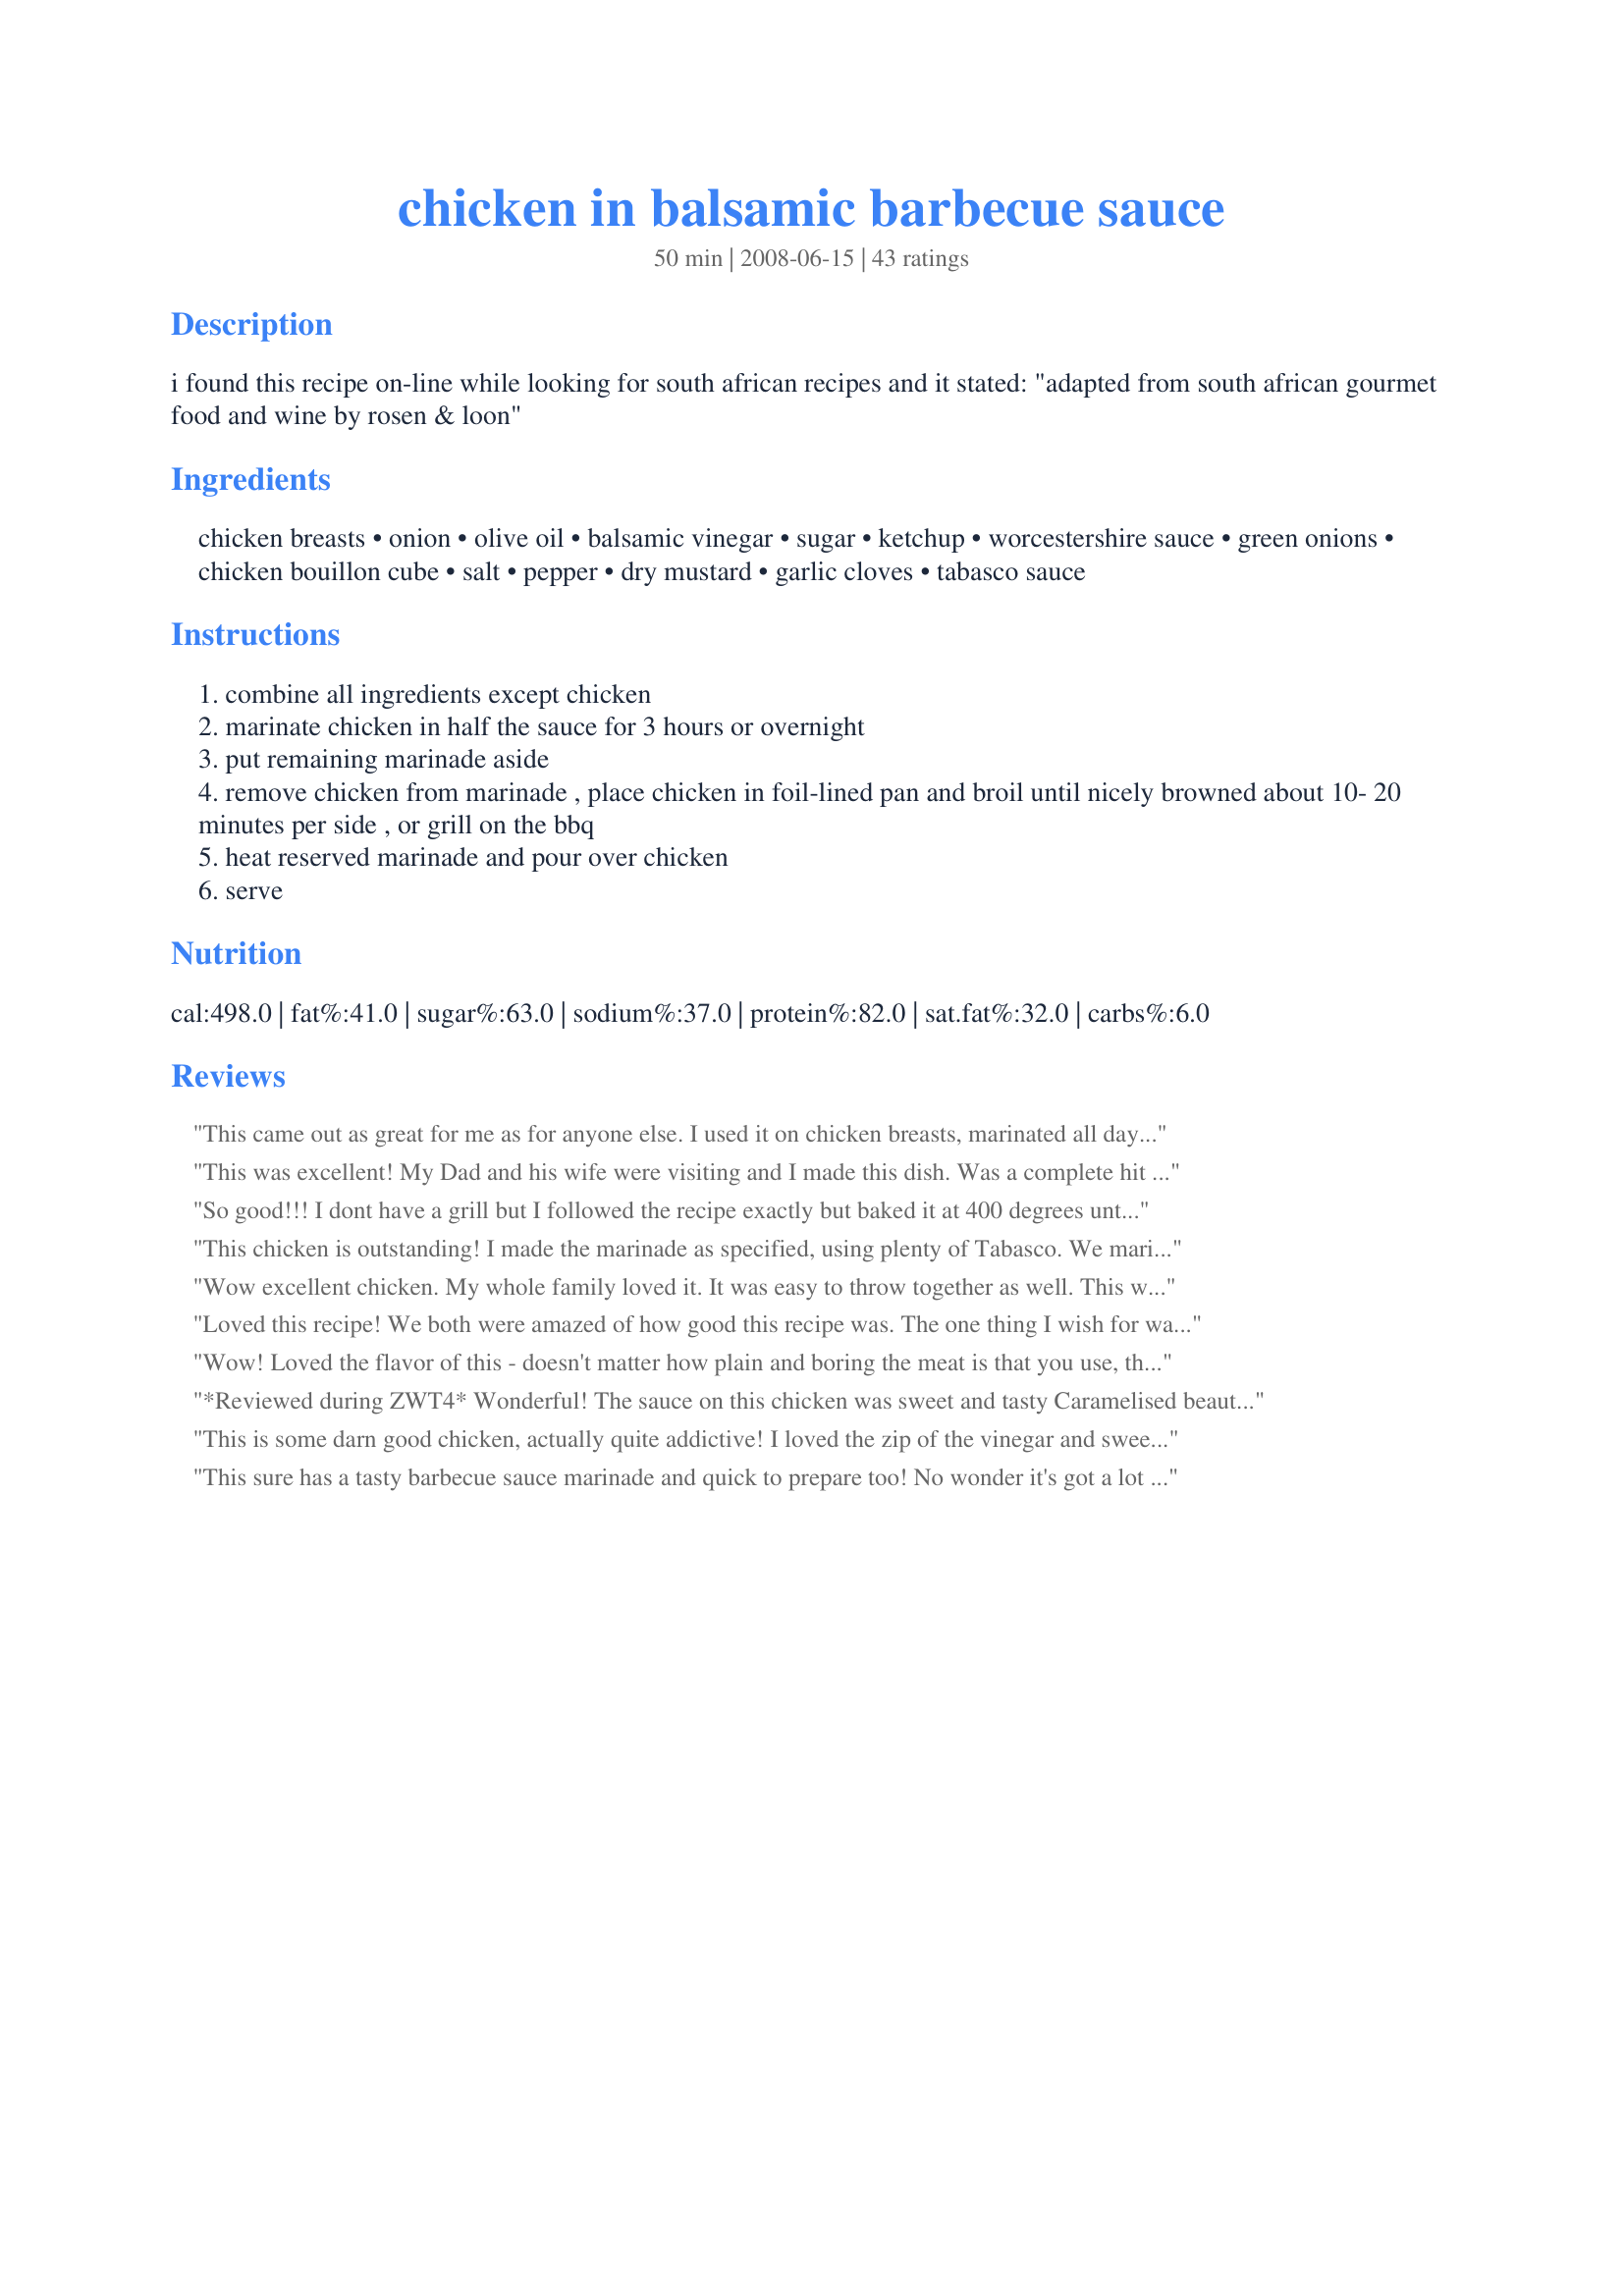
chicken in balsamic barbecue sauce
Preparation time: 50 minutes

i found this recipe on-line while looking for south african recipes and it stated: "adapted from south african gourmet food and wine by rosen & loon"

Ingredients:
chicken breasts, onion, olive oil, balsamic vinegar, sugar, ketchup, worcestershire sauce, green onions, chicken bouillon cube, salt, pepper, dry mustard, garlic cloves, tabasco sauce

Steps:
combine all ingredients except chicken
marinate chicken in half the sauce for 3 hours or overnight
put remaining marinade aside
remove chicken from marinade , place chicken in foil-lined pan and broil until nicely browned about 10- 20 minutes per side , or grill on the bbq
heat reserved marinade and pour over chicken
serve

Reviews:
This came out as great for me as for anyone else. I used it on chicken breasts, marinated all day and then broiled. The breasts were wonderfully moist and they caramelized deliciously.
This was excellent! My Dad and his wife were visiting and I made this dish. Was a complete hit and I&#039;ll make it again! We had it with plain rice and a Moroccan spice baby carrot side and all I got was &quot;home run&quot; comments. Love it.
So good!!! I dont have a grill but I followed the recipe exactly but baked it at 400 degrees until the sauce thicken a bit and carmelized. EXCELLENT!!! Thank you for sharing the recipe.
This chicken is outstanding! I made the marinade as specified, using plenty of Tabasco. We marinated the chicken in half of the sauce, then glazed the chicken with the remaining sauce as we grilled it. The chicken came out so juicy and the sauce was just delicious. Thanks for posting this great recipe!
Wow excellent chicken. My whole family loved it. It was easy to throw together as well. This will be served at our table again. Thank you for posting a great recipe. Made for team "Cooks With Dirty Faces" for ZWT5
Loved this recipe! We both were amazed of how good this recipe was. The one thing I wish for was I had found this recipe sooner.
Wow! Loved the flavor of this - doesn't matter how plain and boring the meat is that you use, this will really make anything taste good! I also enjoyed the sweetness of this sauce - so good! I grilled turkey breast (needed to use it up) and I had to substitute 1/4 tsp garlic powder and 1/2 tsp onion powder under the two servings amounts, although I think I could have added more of garlic and onion powder. Will defiantly use this recipe again. Made this for ZWT5 Australia / New Zealand region.
*Reviewed during ZWT4* Wonderful! The sauce on this chicken was sweet and tasty Caramelised beautifully and full of flavour. I used skinless breast fillets and cooked them grill style. Cooked up juicy and tender. Photo also to be posted. Thanks for a delicious chicken recipe diner :)
This is some darn good chicken, actually quite addictive! I loved the zip of the vinegar and sweetness of the ketchup, right up my alley! The only things I changed was baking it at 350 for 35 minutes and discarded the marinade. Next time (and there <i>will</i> be a next time) I will omit the salt and lower the sugar to maybe 1T. Thanks for sharing this awesome recipe!
This sure has a tasty barbecue sauce marinade and quick to prepare too! No wonder it's got a lot of raves! Thanks for sharing this! Made for ZWT4 KKK.
DH, who doesn't ordinarily enjoy chicken, loved this! I broiled it in the oven. I found that 20 minutes per side was too much, 15 minutes were sufficient. This was served with rice. The extra sauce was delicious on both the chicken and the rice. Thanks for posting.
awesome marinade! made without dry mustard because I didn't have it. Otherwise exactly as directed :)
With all the great reviews, I thought this was going to be good, but we did not care for it. The balsamic vinegar was overpowering, and the sauce tasted just like balsamic vinegar and nothing else.
This is a delicious chicken marinade. I planned on making his during round 3 but didn't get it in. We had friends and all loved this, Made for ZWT4 for the Cookin Cats
Excellent chicken...made for ZWT and so glad I did. Thanks for posting it.<br/><br/>Just made this again 3/13 and it is still soo tasty! Great maridade.
Superb! I prepared this for a church cookout where each family grills their own meat and brings a side dish to share. People were more interested in sharing our chicken than the salad I brought! This is definitely a keeper--thank you.
This was really really good!!! I used chicken leg quarters for the men, and some boneless breasts for me. Soooo good right off the grill with the extra sauce for dipping!!! MMMMMM Made for ZWT 5.
DH, who never, EVER gives any recipe more than 4 stars gave this an enthusiastic 5! We both loved this hugely flavorful sauce. Sweet and tangy glazed goodness on boneless skinless chicken breasts. We had to do them under the broiler as our lovely state of AK decided it needed rain... still amazing :)
I can't say more than the other reviews...this is a wonderful marinade and the chicken is wonderful! I loved that the marinade wasn't just liquids...so the topping on the finished chicken was chunky! Because it was so dark, I was afraid it was burnt, but it tasted wonderful. Thanks for sharing. Made for Holiday tag.
The flavors really melded well together. I used chicken thighs as I prefer them over chicken breasts and because I can't start my grill I broiled these. Next time I have to remember to marinate them a little bit soon or even overnight. Reviewed for ZWT4
I can understand all the positive reviews. The recipe was made to serve 4 and the chicken allowed to marinade for the minimum time. The chicken was moist and tender. Something I would definitely make again. Made during our tour of Africa in ZWT 7.
This recipe was recommended by Chef #498271. I made it with all the ingredients listed but just simmered the sauce to thicken then placed the cooked chicken breasts into the sauce to warm. Yummy!
This was a surprise for my kids. All three gobbled it up and asked for more. They particularly loved the extra sauce on top. That was the surprise for me, as there are raw onion in it. I cooked on the grill and they were SUPER moist and delicious. I made with recipe #85064, Creamy Au Gratin Potatoes and threw together a quick salad. What a great meal. A definate keeper here.
I am so impressed and sooo happy I tried this recipe!!! It was scrumptious...I only had two chicken breasts so I halved the ingredients...I saved a bit of the mariiade and heated it in the microwave for 1.5 minutes. I served the heated sauce over the bbq chicken. I served this with fresh baby potatoes and delicious corn on the cob. What an amazing meal.thank you kindly!!!!!!!!!!:) ****Update...made this again and it did not fail to please... I amended it slightly and it was equally as yummy....instead of ketchup I used bullseye barbeque sauce...what a delicious flavour!!!!
This was Awesome, Diner!! I Love balsamic vinegar... I marinated it overnight and it was so juicy and yummy!!! This is going to be a regular at my house. I didn't think my 6 yr old would enjoy it but he couldn't get enough! I made this for ZWT 4. Thanks for sharing this recipe!
I wish I could rate this higher, because I love the basic flavors. I cut the recipe in half to make 3 chicken breasts. My biggest issue is that I trusted the time for broiling the chicken, and it was way overcooked when I pulled it out after 15 minutes on the second side. It was hard to get past the chicken being so dry to really appreciate the sauce (which did have good flavor). If I would make it again, I would really watch the cooking time or make the chicken on a grill.
I love everything about this recipe. I'd give it more stars if I could. What an unusual sauce. Just wonderful. I made as written with the exception of using boneless skinless chicken thighs. Very moist and tender. Thanks ZWT 4
ZWT4: Excellent!! I love the BBQ sauce on this!!
GREAT chicken; I was worried that it might be to sweet from other reviews but it was perfect just as posted for us. I did use thighs as that was what we had plus I feel they are moister. Nice combination of flavors that blended well. I marinated mine for 3 hours then we grilled on the barbie and will be making this often. Made for Africa tour on ZWT 2011
Wow! The balsamic barbecue sauce for this is amazing and I think it would also be great on other kinds of meat, like beef. I used a whole chicken and marinated it in half the sauce, per the recipe, then roasted it at 400 degrees F. for about 1 hour and 20 minutes. This is a keeper! Made for ZWT4.
This was delicious. I used boneless skinless chicken breasts and boneless skinless chicken thighs. I followed the remainder of the recipe exactly, cooking it on the grill. We prepared it for a family dinner, and everyone loved it.
One of my favorite recipes.
I made half the marinade for near 1 lb of boneless skinless chicken thighs. But I used a small onion for half marinade. I used brown sugar instead of sugar cause I didn't have sugar. I omitted the salt and pepper. It was in the marinade overnight. Very yummy. We loved that. Thanks Diner :) Made for Holiday tag
omg this was the best!! i followed the directions exactly except i didnt have any dry mustard so i squirted about a tablespoon of prepared mustard...it was great. i grilled on the bbq & then heated the extra sauce with a little bit of cornstarch to thicken...served this with Recipe #173004 & the flavors complimented each other so perfectly!
I didn't have enough time to marinade so I cooked chicken legs in this sauce right in the oven. I thought the chicken turned out really good! Even DH liked it and he won't usually eat drumsticks, so that says something about this marinade! :) Only change was to not add the full amount of salt and pepper, oh and I added a bit more ketchup to make it more saucy for the oven. Made for Africa ZWT7.
Very, very good. The family enjoyed this. The sauce is so, so flavourful and delicious!
Sorry but this did not taste very good. Entire family would not eat it. I followed the recipe exactly. Maybe it was just our taste buds but I love balsamic vinegar!
Made this recipe tonight for dinner and loved it! This is an easy to prepare, great tasting recipe that uses ingredients that I typically have on hand. I followed all steps and ingredients as posted and marinated my chicken for about 6.5 hours. We cooked the marinated chicken on the BBQ and then spooned lots of warmed sauce over the top of the cooked breasts. It was delicious. I served with grilled asparagus and a caprese salad. I will definitely make this again. Thanks!
This was very delicious. I liked it on the chicken, and am now marinating some fish fillets in it to see how that comes out. I did think, however, that I could have easily halved the sauce and still had plenty. I was marinating a little over 2 lbs of boneless skinless in the original half and didn't need any more, so the other half is being used on the seafood. It was convenient since I liked it, but I might not have 2 meals preparing at the same time next time.
Great simple, tasty recipe! Thanks for posting it!
Ok...this recipe deserves the highest rating OF MY LIFE!! TO FREAKING DIE FOR! I guarantee you that you won't find a more flavorful and zesty chicken recipe EVER!!! I was expecting nothing and was fulifilling a tag game requirement tonight and came across pure heaven!!! SUPER flavorful...SUPER tasty...WONDERFUL!! Will make this one again and again and again! Try this one...you won't be disappointed!
Yummy marinade. We loved it - including a picky 9-year-old. Thanks for sharing!
We really enjoyed this recipe! I thought that DS's may not like it becuase the BBQ sauce was not sweet like the bottle stuff they are used to but both ate it up! I made the sauce as directed and sub'd b/s chicken thighs and grilled them. Was a perfect summer dinner. Made for PRMR July 2010.
